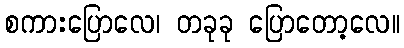
စကားပြောလေ၊ တခုခု ပြောတော့လေ။